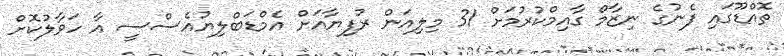
ތޮއްޑޫގައި ފެނުގެ ނިޒާމް ގާއިމްކުރުމަށް 31 މިލިއަން ރުފިޔާއަށް އެމްޑަބްލިޔުއެސްސީ އާ ހަވާލުކޮށް